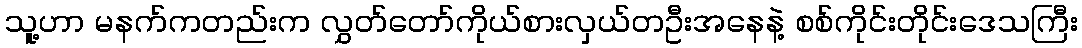
သူ့ဟာ မနက်ကတည်းက လွှတ်တော်ကိုယ်စားလှယ်တဦးအနေနဲ့ စစ်ကိုင်းတိုင်းဒေသကြီး